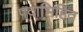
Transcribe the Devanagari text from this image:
पदाभिहित